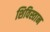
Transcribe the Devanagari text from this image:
शिविस्तान